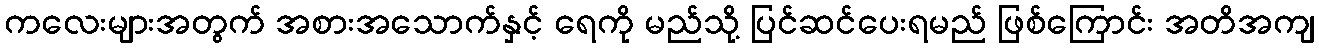
ကလေးများအတွက် အစားအသောက်နှင့် ရေကို မည်သို့ ပြင်ဆင်ပေးရမည် ဖြစ်ကြောင်း အတိအကျ